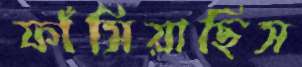
ফাঁসিয়াছিস